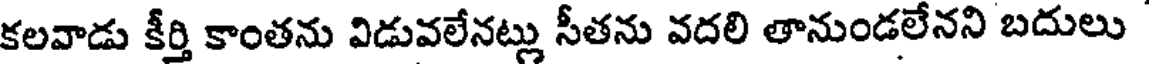
కలవాడు కీర్తి కాంతను విడువలేనట్లు సీతను వదలి తానుండలేనని బదులు